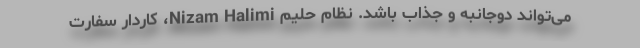
می‌تواند دوجانبه و جذاب باشد. نظام حلیم Nizam Halimi، کاردار سفارت